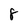
Character: 8